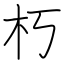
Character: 朽